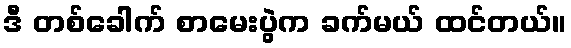
ဒီ တစ်ခေါက် စာမေးပွဲက ခက်မယ် ထင်တယ်။